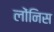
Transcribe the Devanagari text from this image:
लोंनिस